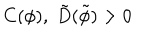
C ( \phi ) , \; \tilde { D } ( \tilde { \phi } ) > 0